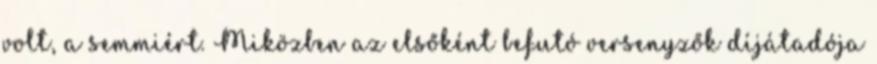
volt, a semmiért. Miközben az elsőként befutó versenyzők díjátadója